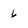
Character: 6